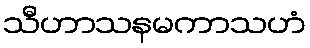
သီဟာသနမကာသဟံ